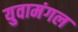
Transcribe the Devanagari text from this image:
युवामंगल